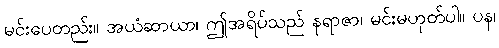
မင်းပေတည်း။ အယံဆာယာ၊ ဤအရိပ်သည် နရာဇာ၊ မင်းမဟုတ်ပါ။ ပန၊